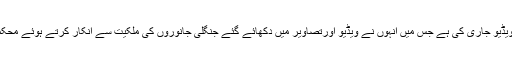
محکمہ وائلڈ لائف کی کارروائی کے بعد رابی پیرزادہ نے ایک اور ویڈیو جاری کی ہے جس میں انہوں نے ویڈیو اورتصاویر میں دکھائے گئے جنگلی جانوروں کی ملکیت سے انکار کرتے ہوئے محکمہ وائلڈ لائف کو کھری کھری سناتے ہوئے انہیں غدار قرار دیا ہے۔